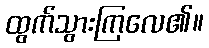
ထွက်သွားကြလေ၏။